Annual returns of the Patna Lunatic Asylum at Bankipore in Bihar and Orissa - 1912-1924
Year: 1912
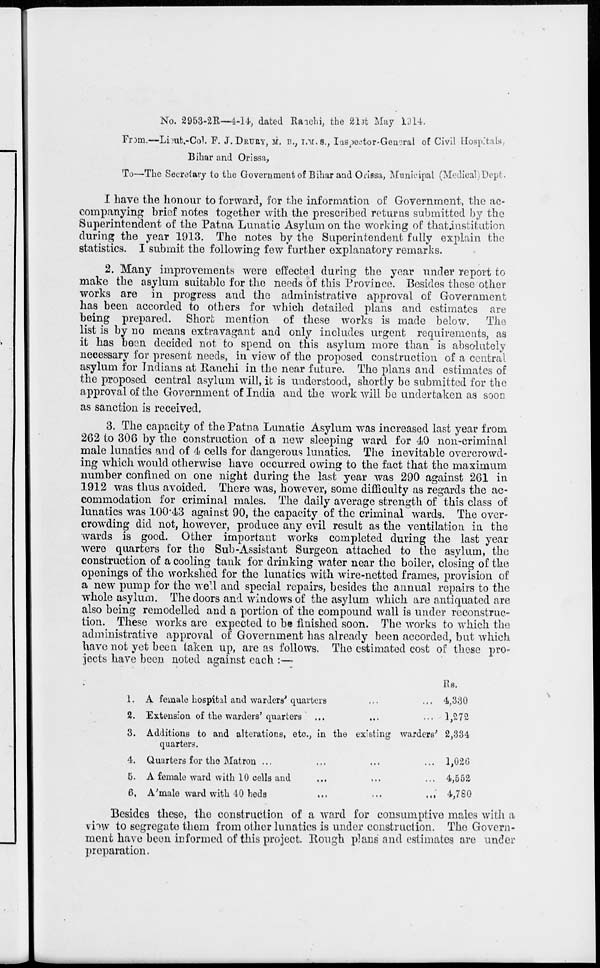
No. 2953-2R—4-14, dated Ranchi, the 21st May 1914.
From.—Lieut,-Col. F. J. DRURY, M. B., I.M.S., Inspector-General of Civil Hospitals,
Bihar and Orissa,
To—The Secretary to the Government of Bihar and Orissa, Municipal (Medical) Dept.
I have the honour to forward, for the information of Government, the ac-
companying brief notes together with the prescribed returns submitted by the
Superintendent of the Patna Lunatic Asylum on the working of that institution
during the year 1913. The notes by the Superintendent fully explain the
statistics. I submit the following few further explanatory remarks.
2. Many improvements were effected during the year under report to
make the asylum suitable for the needs of this Province. Besides these other
works are in progress and the administrative approval of Government
has been accorded to others for which detailed plans and estimates are
being prepared. Short mention of these works is made below. The
list is by no means extravagant and only includes urgent requirements, as
it has been decided not to spend on this asylum more than is absolutely
necessary for present needs, in view of the proposed construction of a central
asylum for Indians at Ranchi in the near future. The plans and estimates of
the proposed central asylum will, it is understood, shortly be submitted for the
approval of the Government of India and the work will be undertaken as soon
as sanction is received.
3. The capacity of the Patna Lunatic Asylum was increased last year from
262 to 306 by the construction of a new sleeping ward for 40 non-criminal
male lunatics and of 4 cells for dangerous lunatics. The inevitable overcrowd-
ing which would otherwise have occurred owing to the fact that the maximum
number confined on one night during the last year was 290 against 261 in
1912 was thus avoided. There was, however, some difficulty as regards the ac-
commodation for criminal males. The daily average strength of this class of
lunatics was 100.43 against 90, the capacity of the criminal wards. The over-
crowding did not, however, produce any evil result as the ventilation in the
wards is good. Other important works completed during the last year
were quarters for the Sub-Assistant Surgeon attached to the asylum, the
construction of a cooling tank for drinking water near the boiler, closing of the
openings of the workshed for the lunatics with wire-netted frames, provision of
a new pump for the well and special repairs, besides the annual repairs to the
whole asylum. The doors and windows of the asylum which are antiquated are
also being remodelled and a portion of the compound wall is under reconstruc-
tion. These works are expected to be finished soon. The works to which the
administrative approval of Government has already been accorded, but which
have not yet been taken up, are as follows. The estimated cost of these pro-
jects have been noted against each :—
1.
2.
3.
4.
5.
6.
A female hospital and warders' quarters
Extension of the warders' quarters
Additions to and alterations, etc., in the existing warders'
quarters.
Quarters for the Matron ...
A female ward with 10 cells and
A'male ward with 40 beds
...
...
...
Rs.
4,330
1,272
2,334
1,026
4,552
4,780
Besides these, the construction of a ward for consumptive males with a
view to segregate them from other lunatics is under construction. The Govern-
ment have been informed of this project. Rough plans and estimates are under
preparation.